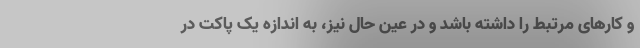
و کارهای مرتبط را داشته باشد و در عین حال نیز، به اندازه یک پاکت در